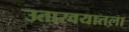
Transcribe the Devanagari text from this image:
उतारवयातला